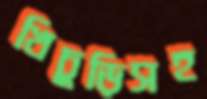
খিচুড়িসহ